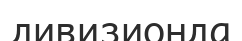
дивизионда